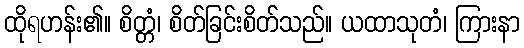
ထိုရဟန်း၏။ စိတ္တံ၊ စိတ်ခြင်းစိတ်သည်။ ယထာသုတံ၊ ကြားနာ